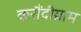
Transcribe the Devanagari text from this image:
करौंदीग्राम